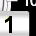
Digit: 1